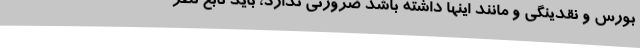
بورس و نقدینگی و مانند اینها داشته باشد ضرورتی ندارد، باید تابع نظر